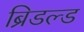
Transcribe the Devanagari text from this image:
ब्रिडल्ड